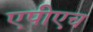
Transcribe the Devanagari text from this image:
एपीएच